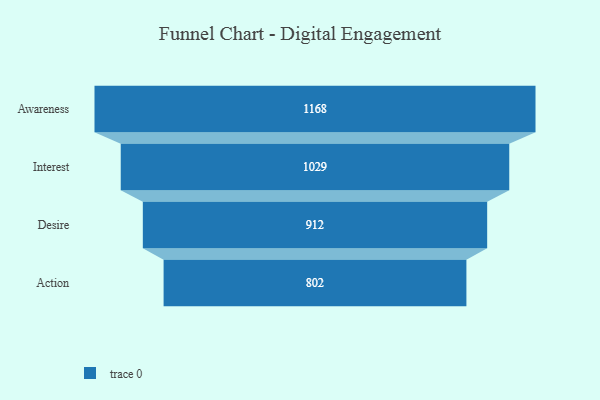
{"axis": {"x": "Stage", "y": "Value"}, "legend": [""], "data": [{"x": "Awareness", "y": 1168.0, "type": ""}, {"x": "Interest", "y": 1029.0, "type": ""}, {"x": "Desire", "y": 912.0, "type": ""}, {"x": "Action", "y": 802.0, "type": ""}]}